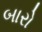
બારો